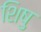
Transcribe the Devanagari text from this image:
शिषु